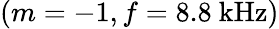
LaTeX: (m=-1,f=8.8\ \mathrm{kHz})